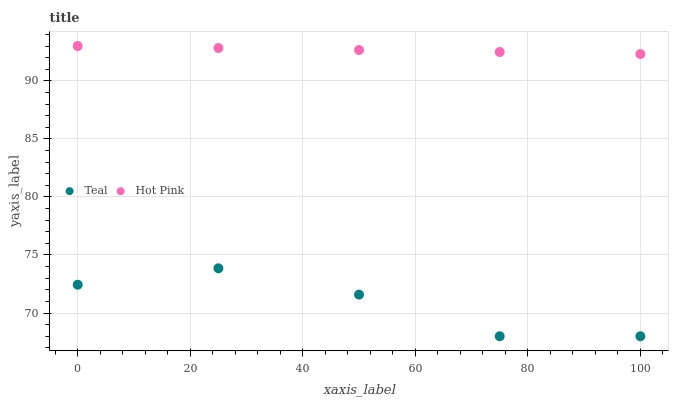
| xaxis_label | Teal | Hot Pink |
 | --- | --- | --- |
 | 0 | 72.4 | 93 |
 | 25 | 73.9 | 92.8 |
 | 50 | 71.6 | 92.7 |
 | 75 | 68 | 92.5 |
 | 100 | 68 | 92.3 |